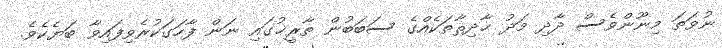
ނުވަތަ މިނޫންވެސް ދާދި މަދު ޙާދިޘާތަކެއްގެ ސަބަބުން ތާރީޚުގައި ނަން ފާހަގަކުރެވިފައިވާ ބަޔެކެވެ.